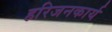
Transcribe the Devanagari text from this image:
हरिजनकार्य